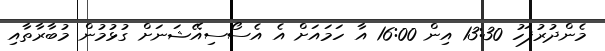
މެންދުރުފަހު 13:30 އިން 16:00 އާ ހަމައަށް އެ އެސޯސިއޭޝަނަށް ގުޅުމުން މުބާރާތާއި